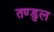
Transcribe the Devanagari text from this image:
तण्डुल